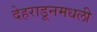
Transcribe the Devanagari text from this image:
देहराडूनमधली